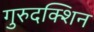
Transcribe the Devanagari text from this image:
गुरुदक्शिन